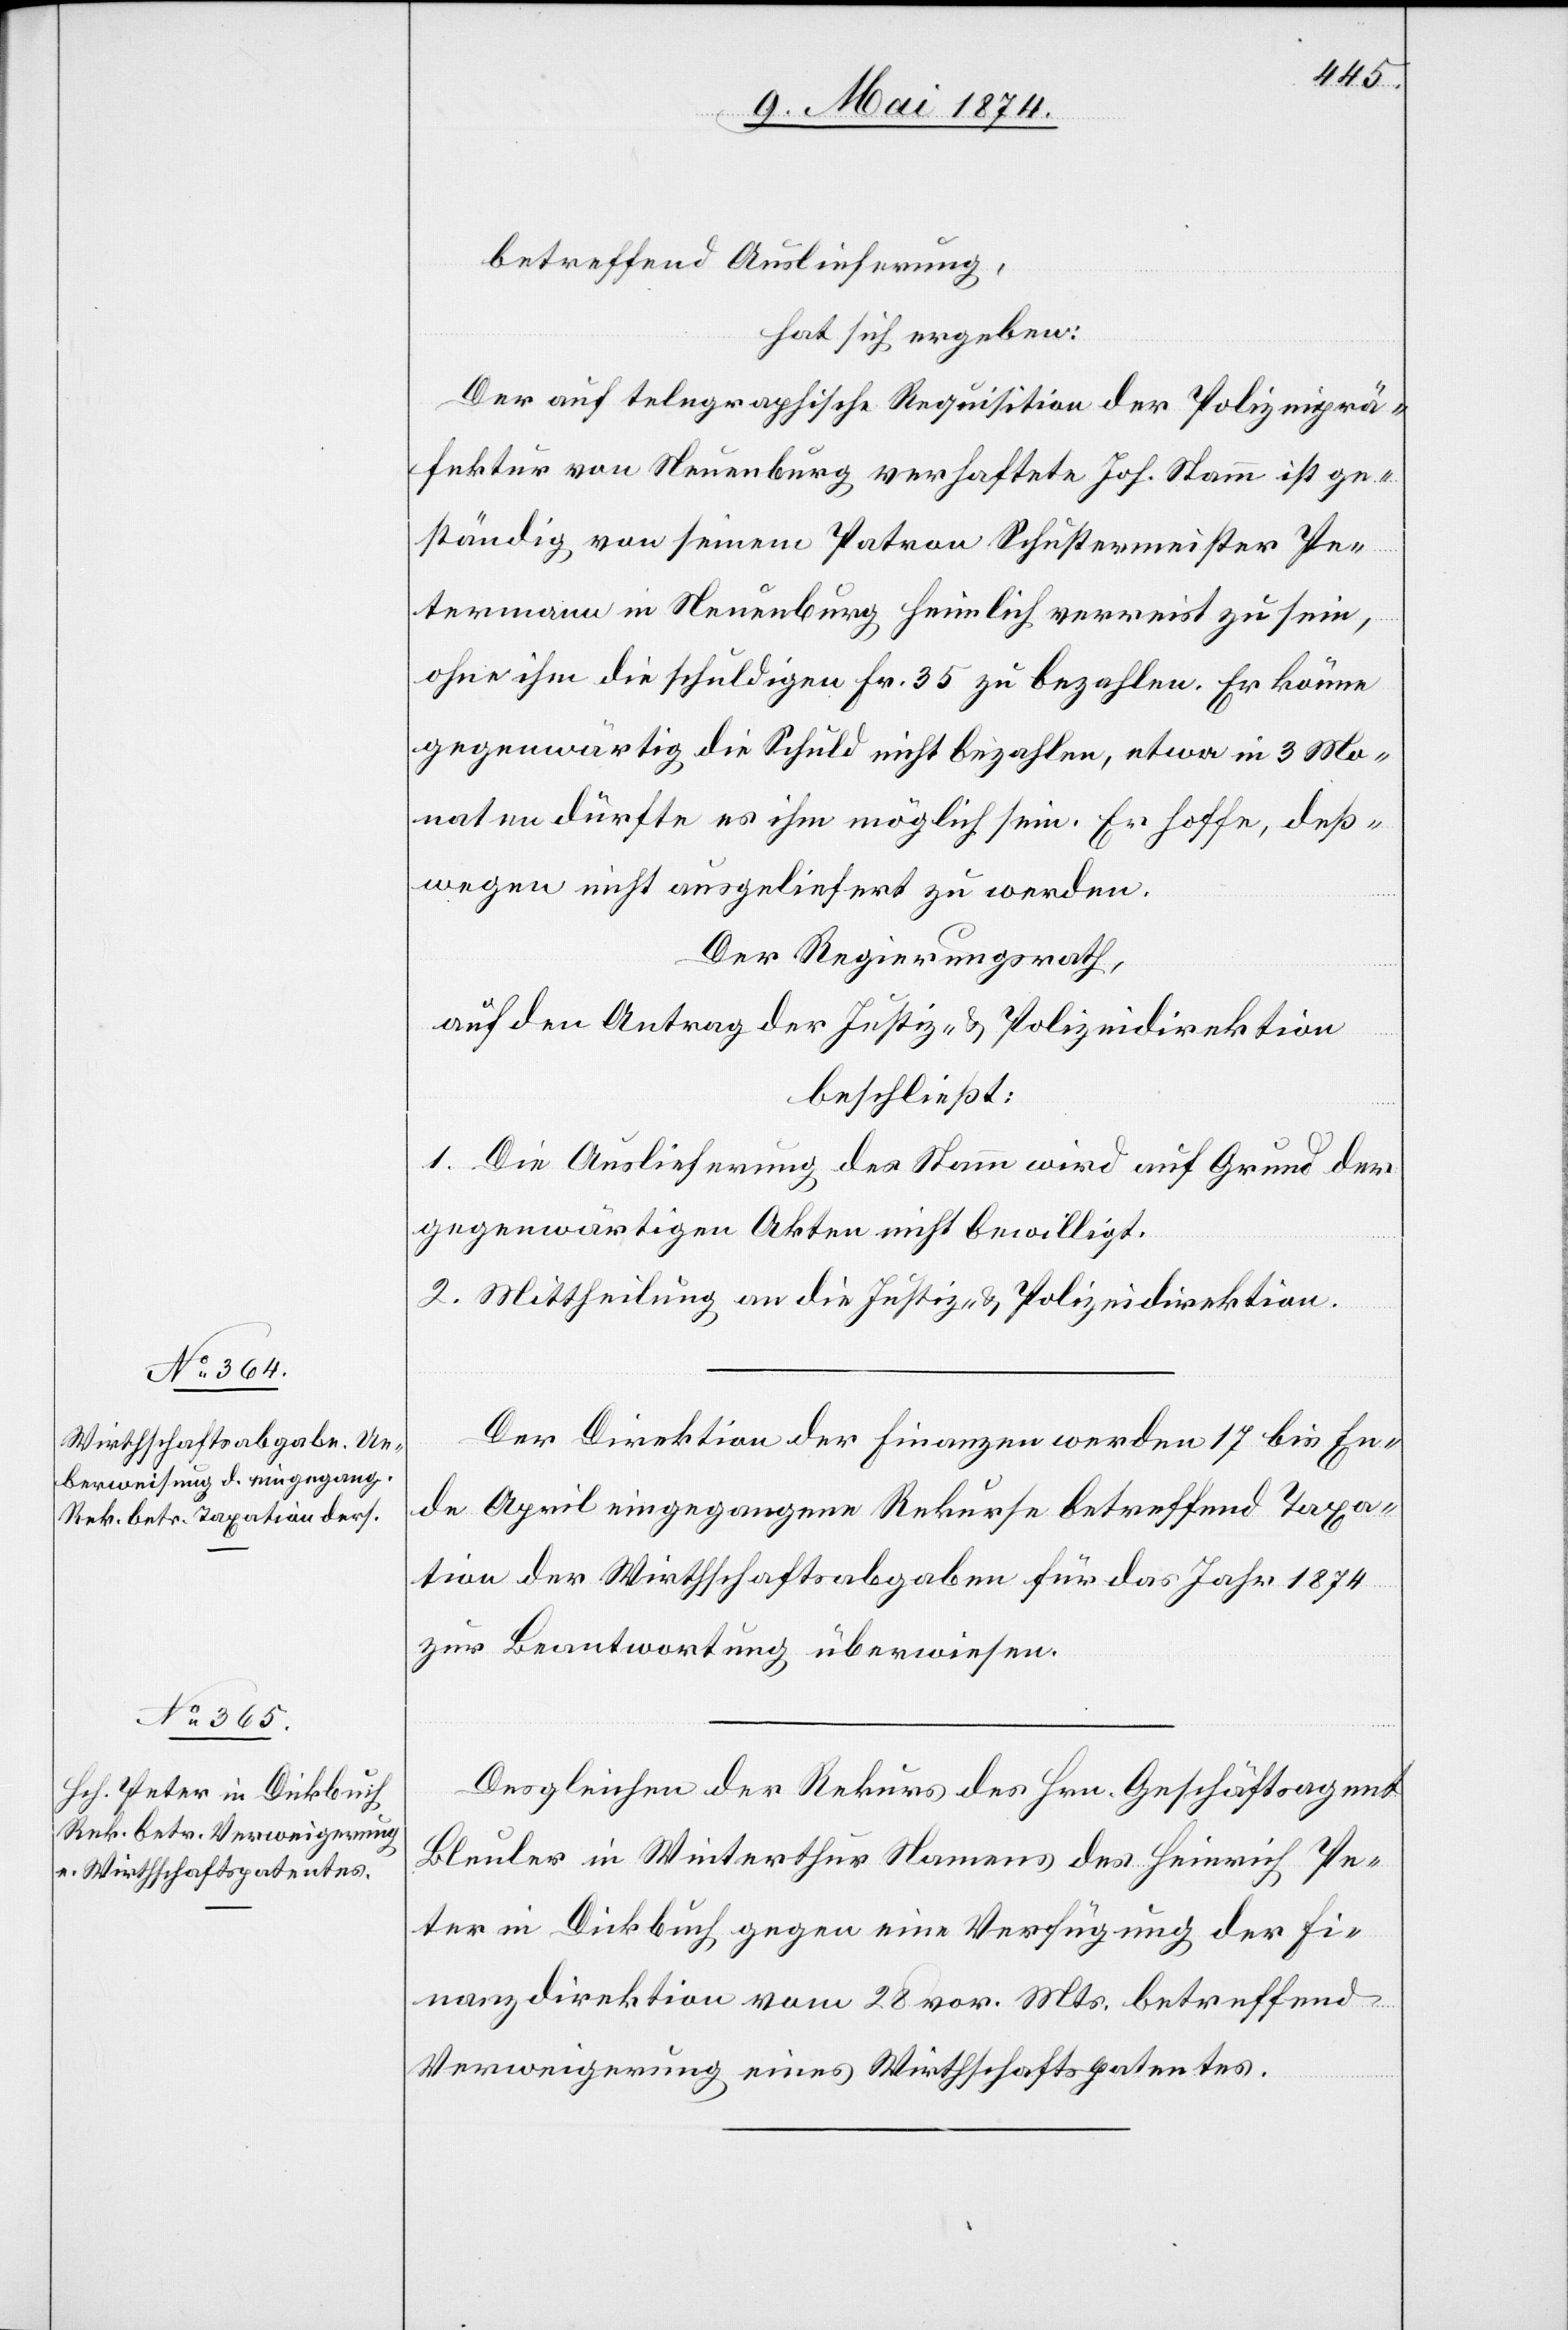
12. Mai 1874.]
betreffend Auslieferung,
hat sich ergeben:
Der auf telegraphische Requisition der Polizeiprä¬
fektur von Neuenburg verhaftete Joh. Stamm ist ge¬
ständig, von seinem Patron Schustermeister Pe¬
termann in Neuenburg heimlich verreist zu sein,
ohne ihm die schuldigen Fr. 35 zu bezahlen. Er könne
gegenwärtig die Schuld nicht bezahlen, etwa in 3 Mo¬
naten dürfte es ihm möglich sein. Er hoffe, deß¬
wegen nicht ausgeliefert zu werden.
Der Regierungsrath,
auf den Antrag der Justiz- u. Polizeidirektion
beschließt:
1. Die Auslieferung des Stamm wird auf Grund der
gegenwärtigen Akten nicht bewilligt.
2. Mittheilung an die Justiz- u. Polizeidirektion.
Der Direktion der Finanzen werden 17 bis En¬
de April eingegangene Rekurse betreffend Taxa¬
tion der Wirthschaftsabgaben für das Jahr 1874
zur Beantwortung überwiesen.
Desgleichen der Rekurs des Hrn. Geschäftsagent
Bleuler in Winterthur Namens des Heinrich Pe¬
ter in Dickbuch gegen eine Verfügung der Fi¬
nanzdirektion vom 28. vor. Mts. betreffend
Verweigerung eines Wirtschaftspatentes.